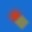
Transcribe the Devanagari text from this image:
ॱ